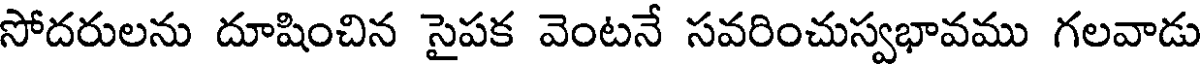
సోదరులను దూషించిన సైపక వెంటనే సవరించుస్వభావము గలవాడు